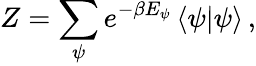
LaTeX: Z=\sum_{\psi}e^{-\beta E_{\psi}}\left\langle\psi|\psi\right\rangle\, ,